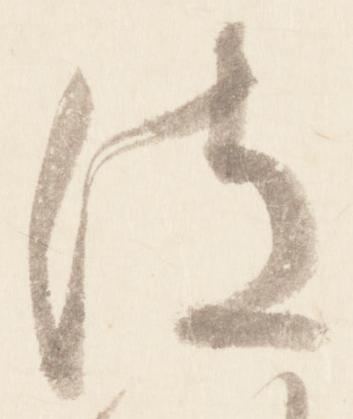
彼